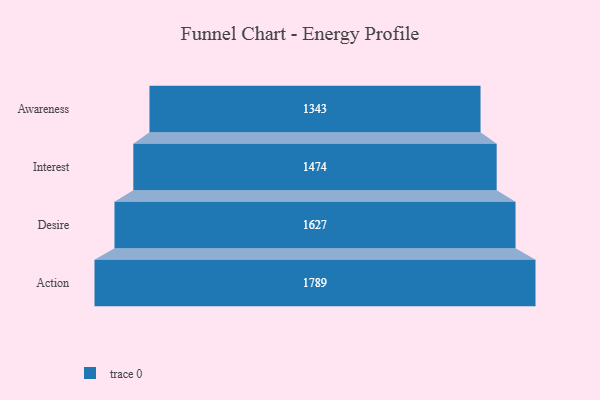
{"axis": {"x": "Stage", "y": "Value"}, "legend": [""], "data": [{"x": "Awareness", "y": 1343.0, "type": ""}, {"x": "Interest", "y": 1474.0, "type": ""}, {"x": "Desire", "y": 1627.0, "type": ""}, {"x": "Action", "y": 1789.0, "type": ""}]}